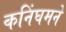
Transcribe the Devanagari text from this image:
कनिंघमने